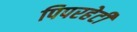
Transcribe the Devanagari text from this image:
पिपरहेटी